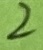
Text: 2